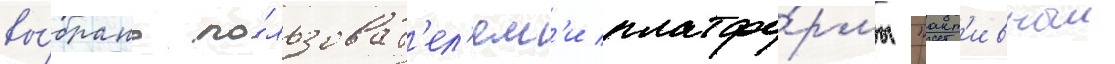
вы́брано по́льзоват'ел'ям'и платфо́рмы "акт'ивныи